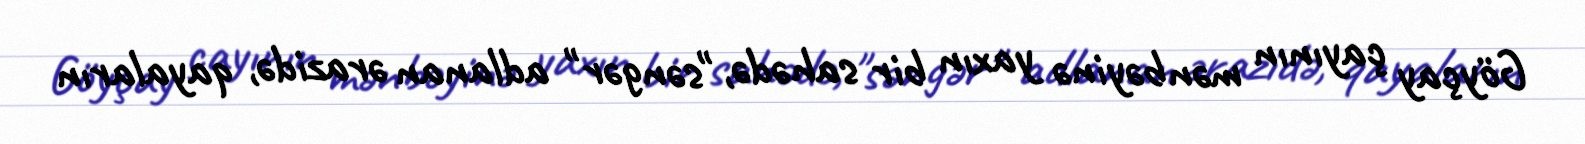
Göyçay çayının mənbəyinə yaxın bir sahədə, "səngər" adlanan ərazidə, qayaların